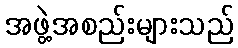
အဖွဲ့အစည်းများသည်